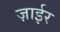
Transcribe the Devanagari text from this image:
ज़ाईर